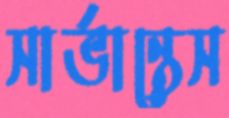
সার্ভান্তেস